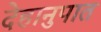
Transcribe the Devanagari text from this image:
देहानुपात